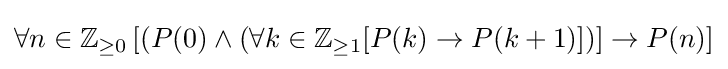
\forall n\in \mathbb {Z} _{\geq 0}\left[\left(P(0)\land \left(\forall k\in \mathbb {Z} _{\geq 1}[P(k)\rightarrow P(k+1)]\right)\right]\rightarrow P(n)\right]